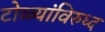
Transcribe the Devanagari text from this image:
टोळ्यांविरुध्द